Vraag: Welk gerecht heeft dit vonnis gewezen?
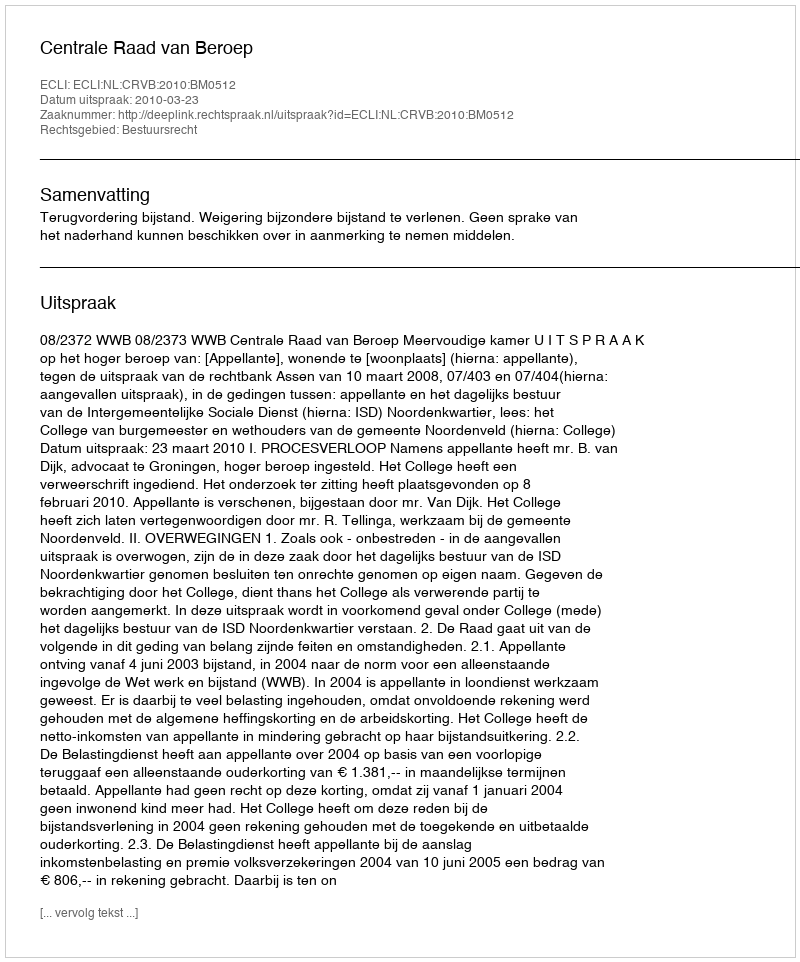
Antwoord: Centrale Raad van Beroep